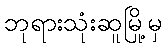
ဘုရားသုံးဆူမြို့မှ